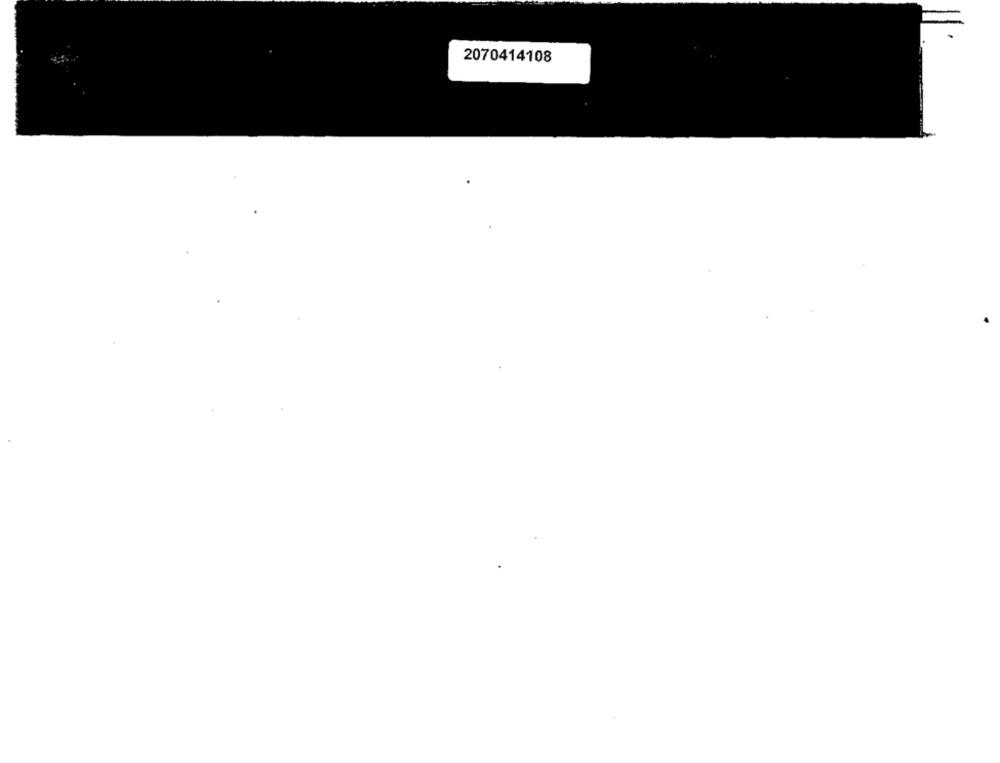
2070414108